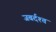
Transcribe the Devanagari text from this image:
जबर्दश्त